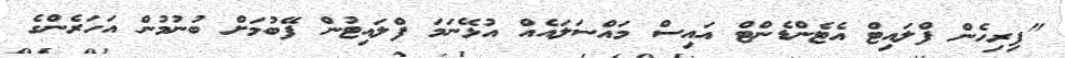
"ފިރިހެން ފްލައިޓް އެޓެންޑެންޓް އައިސް މައްސަލައެއް އުޅޭނަމަ ފްލައިޓުން ފޭބުމަށް ބުނުމުން އަހަރެންގެ